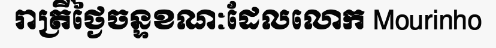
រាត្រីថ្ងៃចន្ទខណៈដែលលោក Mourinho